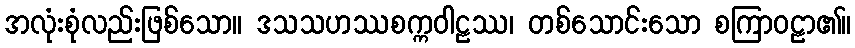
အလုံးစုံလည်းဖြစ်သော။ ဒသသဟဿစက္ကဝါဠဿ၊ တစ်သောင်းသော စကြာဝဠာ၏။